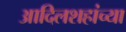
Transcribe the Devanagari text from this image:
आदिलशहांच्या